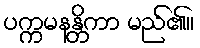
ပက္ကမနန္တိကာ မည်၏။